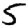
Digit: 5